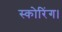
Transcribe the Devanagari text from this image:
स्कोरिंग।